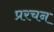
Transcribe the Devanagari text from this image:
प्ररचन